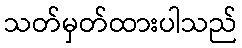
သတ်မှတ်ထားပါသည်